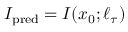
I _ { \mathrm { p r e d } } = I ( x _ { 0 } ; \ell _ { \tau } )